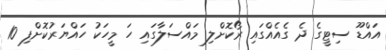
އައްޑޫ ސިޓީގެ ދެ ގެއެއްގައި ރޯކޮށްލި މައްސަލާގައި ހަ މީހަކު ހައްޔަރުކޮށްފި 10